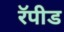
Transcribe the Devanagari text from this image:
रॅपीड